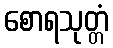
စောရသုတ္တံ